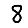
Digit: 8